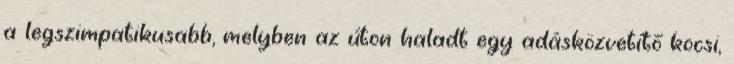
a legszimpatikusabb, melyben az úton haladt egy adásközvetítő kocsi,